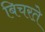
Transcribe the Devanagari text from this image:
बिचरते